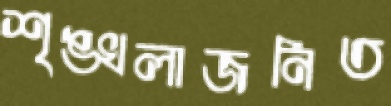
শৃঙ্খলাজনিত